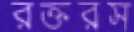
রক্তরস